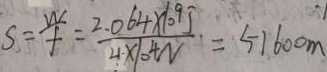
S = \frac { W } { f } = \frac { 2 . 0 6 4 \times 1 0 ^ { 9 } J } { 4 \times 1 0 ^ { 4 } N } = 5 1 6 0 0 m